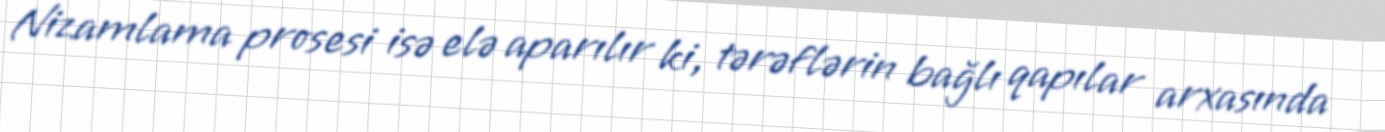
Nizamlama prosesi isə elə aparılır ki, tərəflərin bağlı qapılar arxasında